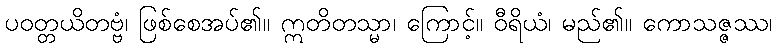
ပဝတ္တယိတဗ္ဗံ၊ ဖြစ်စေအပ်၏။ ဣတိတသ္မာ၊ ကြောင့်။ ဝီရိယံ၊ မည်၏။ ကောသဇ္ဇဿ၊